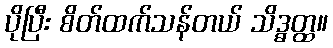
ပိုပြီး စိတ်ထက်သန်တယ် သိဒ္ဓတ္ထ။